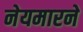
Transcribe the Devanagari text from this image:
नेयमारने